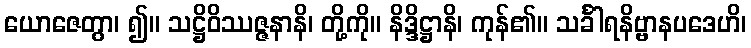
ယောဇေတွာ၊ ၍။ သဋ္ဌိဝိဿဇ္ဇနာနိ၊ တို့ကို။ နိဒ္ဒိဋ္ဌာနိ၊ ကုန်၏။ သင်္ခါရနိဗ္ဗာနပဒေဟိ၊